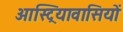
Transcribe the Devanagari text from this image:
आस्ट्रियावासियों